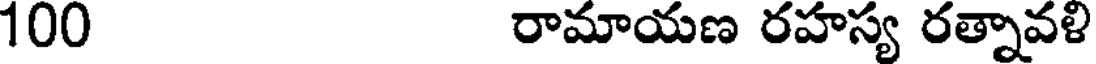
100 రామాయణ రహస్య రత్నావళి